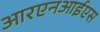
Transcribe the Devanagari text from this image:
आरएनआईएस